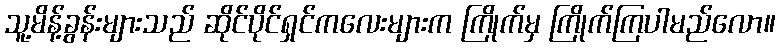
သူ့မိန့်ခွန်းများသည် ဆိုင်ပိုင်ရှင်ကလေးများက ကြိုက်မှ ကြိုက်ကြပါမည်လော။